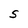
Character: S